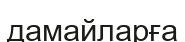
дамайларға